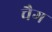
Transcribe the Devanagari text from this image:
चैग